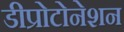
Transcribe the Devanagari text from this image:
डीप्रोटोनेशन